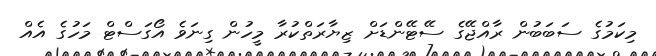
މިކަމުގެ ސަބަބުން ރާއްޖޭގެ ސޭޓޭންޑަށް ޒިޔާރަތްކުރާ މީހުން ގިނަވެ އޯގަސްޓް މަހުގެ އެއް